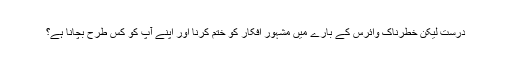
درست لیکن خطرناک وائرس کے بارے میں مشہور افکار کو ختم کرنا اور اپنے آپ کو کس طرح بچانا ہے؟